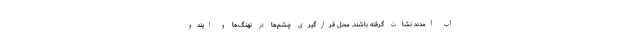
آب آمدند نشات گرفته باشند. محل قرارگیری چشم‌ها در نهنگ‌ها و ایندو